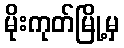
မိုးကုတ်မြို့မှ